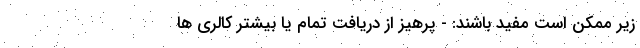
زیر ممکن است مفید باشند: - پرهیز از دریافت تمام یا بیشتر کالری ها